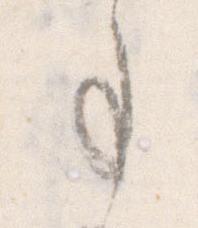
事